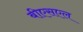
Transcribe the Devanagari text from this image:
बीएसएल